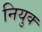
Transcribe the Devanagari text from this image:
नियुक्‍